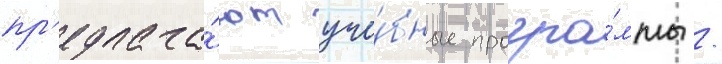
пр'едлага́ют уче́бные програ́ммы /